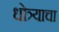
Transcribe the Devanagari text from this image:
धोत्र्याचा